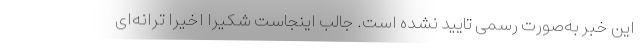
این خبر به‌صورت رسمی تایید نشده است. جالب اینجاست شکیرا اخیرا ترانه‌ای